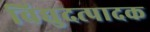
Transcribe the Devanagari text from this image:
विद्युदत्पादक